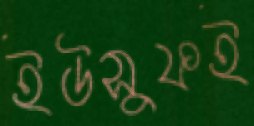
ইউসুফই